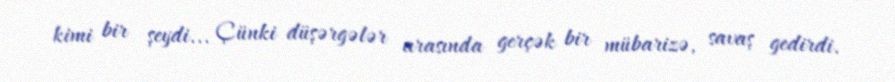
kimi bir şeydi... Çünki düşərgələr arasında gerçək bir mübarizə, savaş gedirdi.